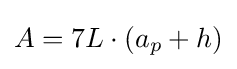
A=7L\cdot (a_{p}+h)